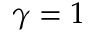
\gamma = 1